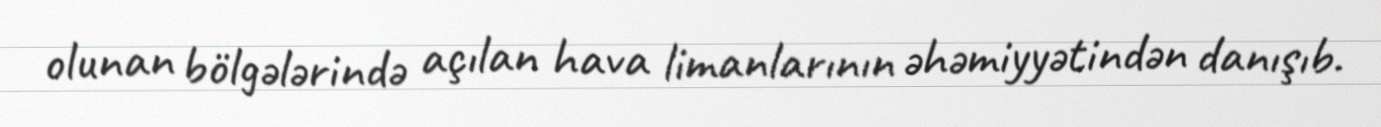
olunan bölgələrində açılan hava limanlarının əhəmiyyətindən danışıb.